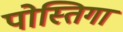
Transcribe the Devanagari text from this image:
पोस्तिगा